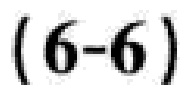
$(6 - 6)$